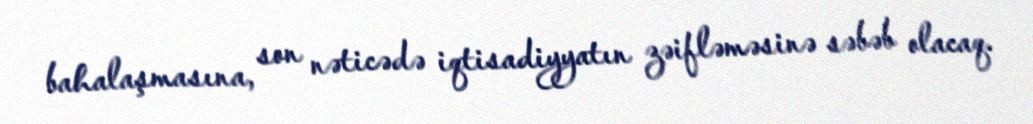
bahalaşmasına, son nəticədə iqtisadiyyatın zəifləməsinə səbəb olacaq.